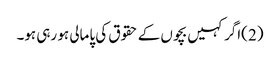
(2 )اگر کہیں بچوں کے حقوق کی پامالی ہو رہی ہو۔